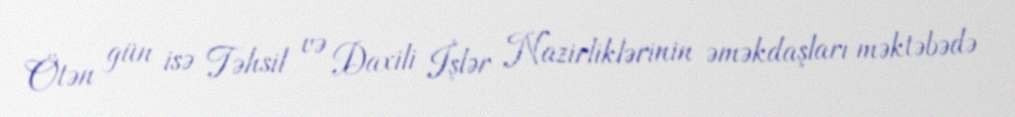
Ötən gün isə Təhsil və Daxili İşlər Nazirliklərinin əməkdaşları məktəbədə